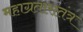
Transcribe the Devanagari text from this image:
महाग्रतारातंत्र